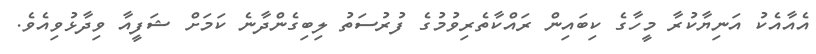
އެއާއެކު އަނިޔާކުރާ މީހާގެ ކިބައިން ރައްކާތެރިވުމުގެ ފުރުސަތު ލިބިގެންދާނެ ކަމަށް ޝަފީއާ ވިދާޅުވިއެވެ.